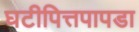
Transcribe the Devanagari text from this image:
घटीपित्तपापडा